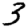
Digit: 3